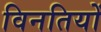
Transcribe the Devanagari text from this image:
विनतियों